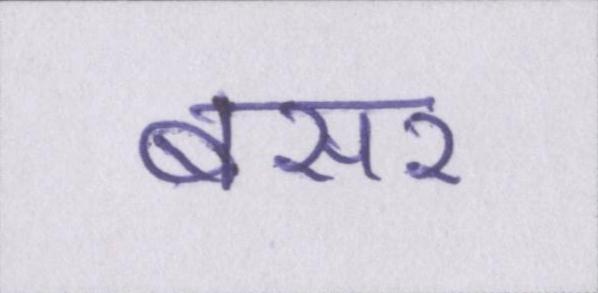
बसर